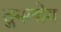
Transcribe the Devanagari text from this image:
तुमलोग